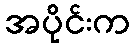
အပိုင်းက